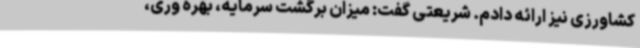
کشاورزی نیز ارائه دادم. شریعتی گفت: میزان برگشت سرمایه، بهره وری،